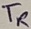
Text: TR